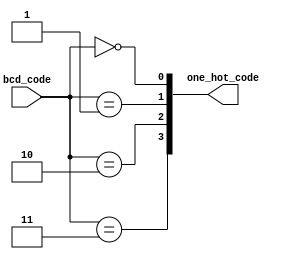
module bcd_to_one_hot #(
	parameter BCD_WIDTH		=	2,
	parameter ONE_HOT_WIDTH	=	2**BCD_WIDTH
	
)
(
	input 	[BCD_WIDTH-1			:	0]	bcd_code,
	output 	[ONE_HOT_WIDTH-1		:	0] one_hot_code
 );

	genvar i;
	generate 
		for(i=0; i<ONE_HOT_WIDTH; i=i+1) begin :one_hot_gen_loop
				assign one_hot_code[i] = bcd_code == i[BCD_WIDTH-1			:	0];
		end
	endgenerate
 
endmodule